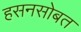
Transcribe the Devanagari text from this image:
हसनसोबत